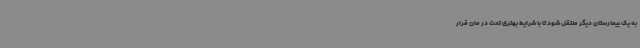
به یک بیمارستان دیگر منتقل شود تا با شرایط بهتری تحت در مان قرار